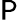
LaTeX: \textsf{P}